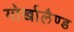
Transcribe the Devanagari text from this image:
गोर्खालैण्ड